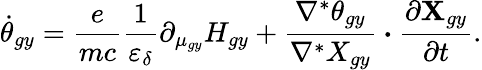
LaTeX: \dot{\theta}_{gy}=\frac{e}{mc}\frac{1}{\varepsilon_{\delta}}\partial_{\mu_{gy}}H_{gy}+\frac{\nabla^{*}\theta_{gy}}{\nabla^{*}X_{gy}}\boldsymbol{\cdot}\frac{\partial\textbf{X}_{gy}}{\partial t}.